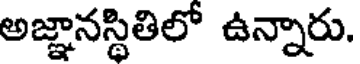
అజ్ఞానస్థితిలో ఉన్నారు.